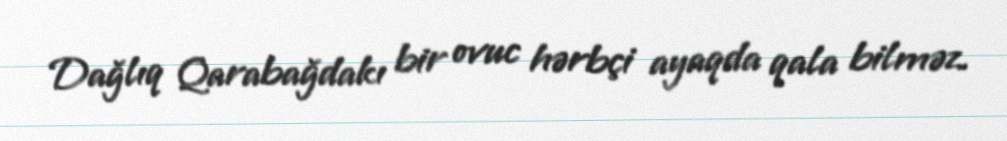
Dağlıq Qarabağdakı bir ovuc hərbçi ayaqda qala bilməz.